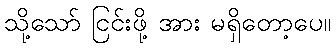
သို့သော် ငြင်းဖို့ အား မရှိတော့ပေ။